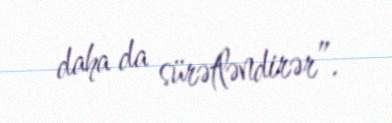
daha da sürətləndirər”.